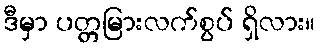
ဒီမှာ ပတ္တမြားလက်စွပ် ရှိလား။